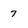
Character: 7